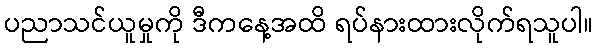
ပညာသင်ယူမှုကို ဒီကနေ့အထိ ရပ်နားထားလိုက်ရသူပါ။